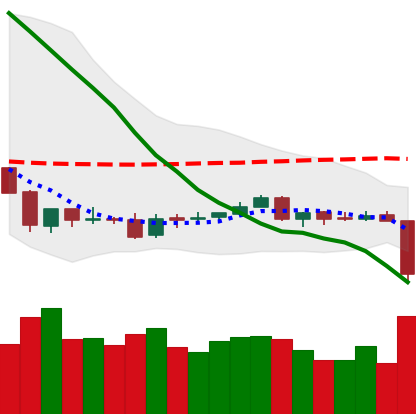
Ticker: ETC-USD
Chart end date: 2018-06-10
Forward return: 10.008%
Label: up_7plus